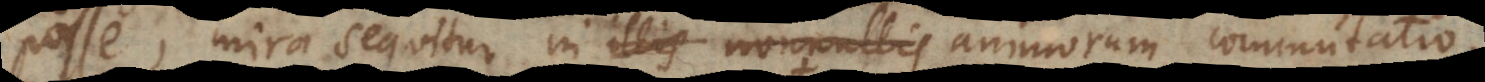
posse mira sequitur in illis nonnullis animorum commutatio.